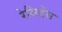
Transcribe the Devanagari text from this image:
रेसिडेंस